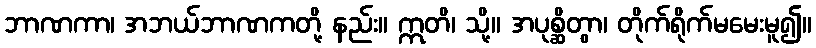
ဘာဏကာ၊ အဘယ်ဘာဏကတို့ နည်း။ ဣတိ၊ သို့။ အပုစ္ဆိတွာ၊ တိုက်ရိုက်မမေးမူ၍။